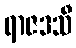
ရာဇဒသီ